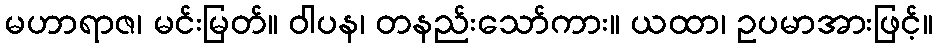
မဟာရာဇ၊ မင်းမြတ်။ ဝါပန၊ တနည်းသော်ကား။ ယထာ၊ ဥပမာအားဖြင့်။